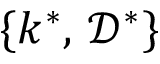
\{ k ^ { * } , \, \mathcal { D } ^ { * } \}